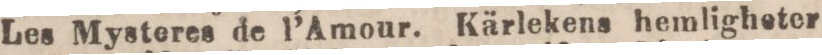
Les Mysteres de l’Amour. Kärlekens hemligheter,